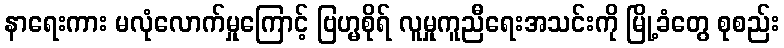
နာရေးကား မလုံလောက်မှုကြောင့် ဗြဟ္မစိုရ် လူမှုကူညီရေးအသင်းကို မြို့ခံတွေ စုစည်း